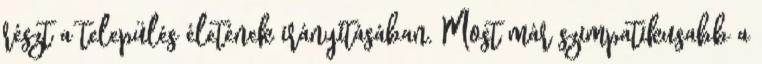
részt a település életének irányításában. Most már szimpatikusabb a